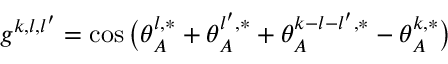
g ^ { k , l , l ^ { \prime } } = \cos \big ( \theta _ { A } ^ { l , * } + \theta _ { A } ^ { l ^ { \prime } , * } + \theta _ { A } ^ { k - { l } - { l ^ { \prime } } , * } - \theta _ { A } ^ { k , * } \big )